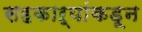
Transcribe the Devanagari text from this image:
सहकाऱ्यांकडून